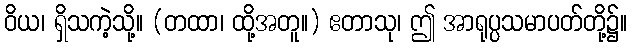
ဝိယ၊ ရှိသကဲ့သို့။ (တထာ၊ ထို့အတူ။) ဧတာသု၊ ဤ အာရုပ္ပသမာပတ်တို့၌။